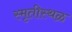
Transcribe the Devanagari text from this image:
स्मृतीस्थळ